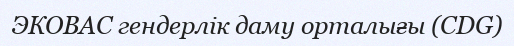
ЭКОВАС гендерлік даму орталығы (CDG)